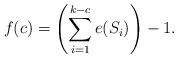
LaTeX: \begin{align*}f(c)=\left(\sum_{i=1}^{k-c} e(S_i)\right)-1.\end{align*}